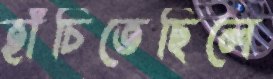
হাঁচিতেছিলে